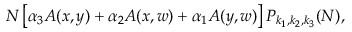
N \left[ \alpha _ { 3 } A ( x , y ) + \alpha _ { 2 } A ( x , w ) + \alpha _ { 1 } A ( y , w ) \right] P _ { k _ { 1 } , k _ { 2 } , k _ { 3 } } ( N ) ,